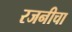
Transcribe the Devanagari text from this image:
रजनीचा